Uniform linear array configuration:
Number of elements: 12
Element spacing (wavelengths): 0.5
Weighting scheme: exponential
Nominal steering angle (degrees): -15
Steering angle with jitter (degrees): -16.059
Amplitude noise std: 0.05
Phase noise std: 0.05

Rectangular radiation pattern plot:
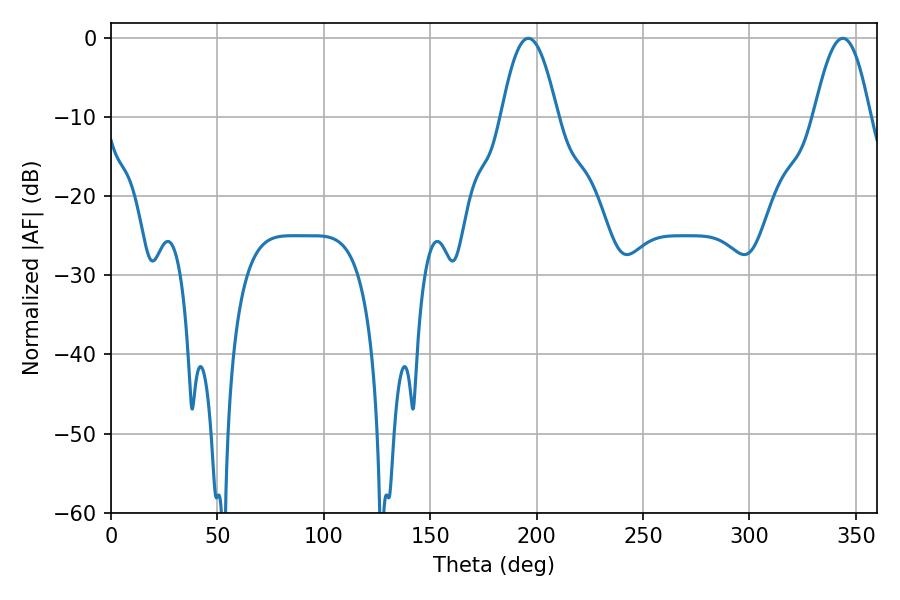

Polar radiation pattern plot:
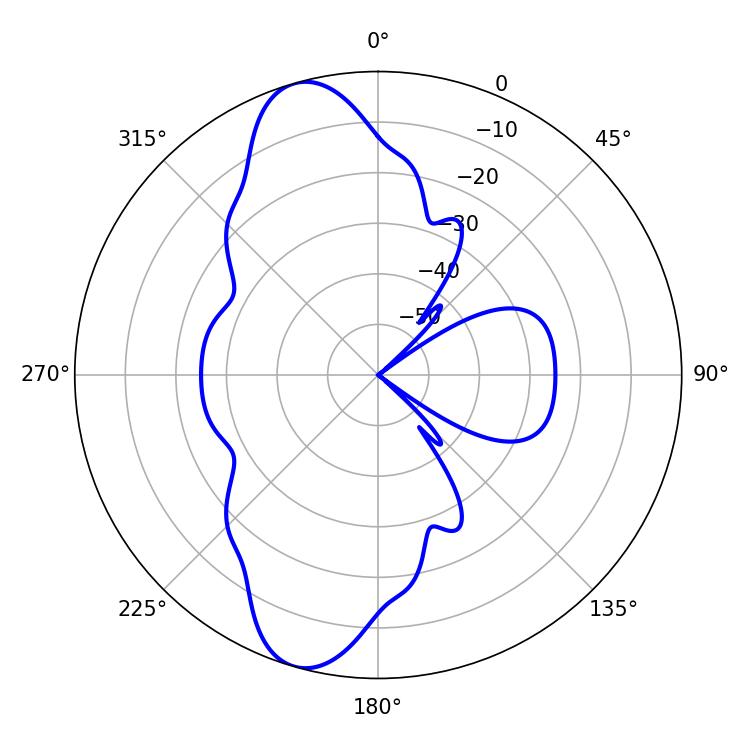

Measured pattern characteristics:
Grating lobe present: FALSE
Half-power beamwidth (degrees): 14.4
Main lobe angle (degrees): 196.2